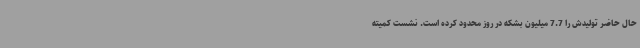
حال حاضر تولیدش را 7.7 میلیون بشکه در روز محدود کرده است. نشست کمیته